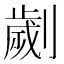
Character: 劌